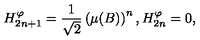
H _ { 2 n + 1 } ^ { \varphi } = \frac { 1 } { \sqrt 2 } \left( \mu ( B ) \right) ^ { n } , H _ { 2 n } ^ { \varphi } = 0 ,